Vital statistics of India. Vol. IV, Annual returns from 1871 to 1876. British Army of India, Native Army and jails of Bengal
Year: 1871
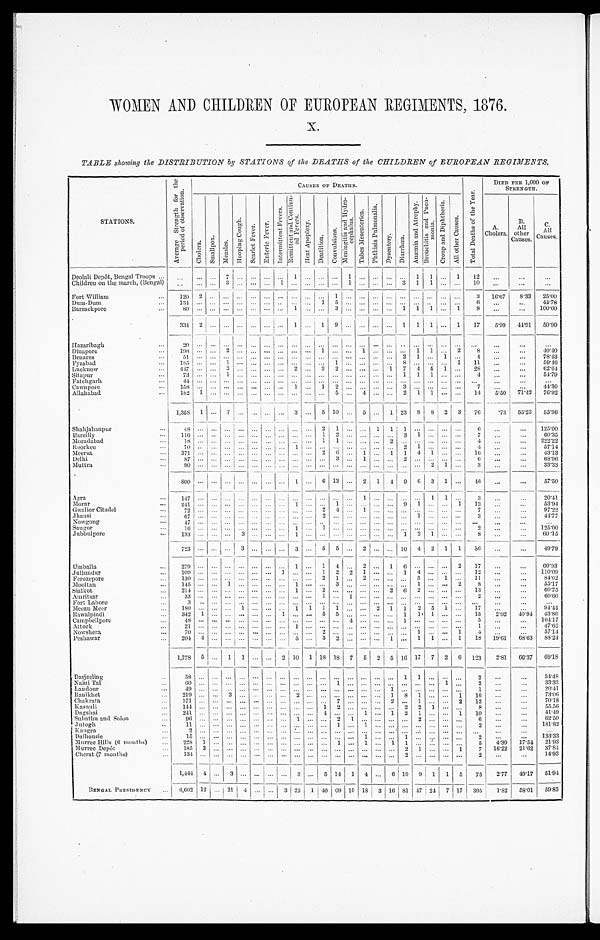
WOMEN AND CHILDREN OF EUROPEAN REGIMENTS, 1876.
x.
TABLE showing the DISTRIBUTION by STATIONS of the DEATHS of the CHILDREN of EUROPEAN REGIMENTS.
STATIONS.
A v e r a g e S t r e n g t h f o r t h e P e r i o d o f o b s e r v a t i o n .
C A U S E S O F D E A T H S .
DIED PER 1,000 OF
STRENGTH.
C h o l e r a . S m a l l p o x . M e a s l e s .
H o p p i n g C o u g h . S c a r l e t F e v e r . E n t e r i c F e v e r .
I n t e r m i t t e n t F e v e r s .
R e m i t t e n t a n d C o n t i n u -
e d F e v e r s .
H e a t A p o p l e x y .
D e n t i t i o n .
C o n v u l s i o n s .
M e n i n g i t i s a n d H y d r o -
c e p h a l u s .
T a b e s M e s e n t e r i c a .
P h t h i s i s P u l m o n a l i s .
D y s e n t e r y . D i a r r h œ a .
A n æ m i a a n d A t r o p h y . B r o n c h i t i s a n d P n e u -
m o n i a .
C r o u p a n d D i p h t h e r i a .
A l l o t h e r C a u s e s .
T o t a l D e a t h s o f t h e Y e a r .
A.
Cholera. B.
All
other
Causes.
C. A l l
C a u s e s .
Deolali Depôt, Bengal Troops
7
1
1
1 1
1 12
Children on the march, (Bengal)
3
1
1
3 1 1
10
Fort William
120 2
1
3 16.67 8.33 25.00
Dum-Dum
1 3 4
1 5
6
44.78
Barrackpore
80
1
3
1 1 1
1 8
100.00
3 3 4 2
1
1 9
1 1 1
1 17 5.99 44.91 50.90
Hazaribagh
2 0
Dinapore
1 9 8
2
1
1
1 1
2 8
40.40
Benares
51
2 1
1
4
78.43
Fyzabad
1 8 5
1
1
8
1 11
59.46
Lucknow
4 4 7
3
2
3 2
1 7 4 5 1
28
62.64
Sitapur
7 3
1
1 1 1
4
54.79
Fatehgarh
4 4
Cawnpore
158
1
1
2
3
7
44.30
Allahabad
1 8 2 1
5
4
2 1 1
14 5.50 71.42 76.92
1,358 1
7
3 5 10
5
1 23 8 8 2 3 76
. 7 3 55.23 55.96
Shahjahanpur 48
2 1
1 1 1
6
125.00
Bareilly
116
1 2
3 1
7
60.35
Moradabad
18
1 1
2
4
222.22
Roorkee
7 0
1
2 1
4
57.14
Meerut
3 7 1
2 6
1
1 1 4 1
16
43.13
Delhi
87
3
1
2
6
68.96
Muttra
9 0
2 1
3
33.33
800
1
6 13
2 1 4
9
6 3 1
46
57.50
Agra
147
1
1 1
3
2 0 . 4 1
Morar
2 4 1
1
1
9 1
1
1 3
53.94
Gwalior Citadel
72
2 4
1
7
97.22
Jhansi
6 7
2
1
3
44
.77
Nowgong
4 7
Saugor
1 6
1
1
2
125.00
Jubbulpore
133
3
1
1 2 1
8
60.15
7 2 3
3
3
5 5
2
10 4 2 1 1 36
49.79
Umballa
279
1
1 4
2
1 6
2 17
60.93
Jullundur
1 0 9
1
1 2 2 1
1 4
1 2
110.09
Ferozepor
1 3 0
2 1
2
5
1
1 1
84.62
Mooltan
1 4 5
1
1
3
1
2
8
55.17
Sialkot
2 1 4
1
2
2 6 2
1 3
60.75
Amritsar
33
1
1
2
60.60
Fort Lahore
3
Meean Meer
180
1
1 1 1 1
2 1 1 2 5 1
17
94.44
Rawalpindi
3 4 2
1
1
5 5
1 1 1
15 2.92 40.94 43.86
Campbellpore
4 8
4
1
5
104.17
Attock
2 1
1
1
4 7 . 6 2
Nowshera
7 0
2
1
1
4
57.14
Peshawar
204 4
5
3 2
1
1 1
1 18 19.61 68.63 88.24
1,778 5
1 1
2 1 0 1 18 18 7 5 2 5 16 1 7 7 2 6 123 2.81 66.37 69.18
Darjeeling
58
1 1
2
34.48
Naini Tal
6 0
1
1
2
33.33
Landour
49
1
1
20.41
Ranikhet
219
3
2
1 8 1
1
1 6
73.06
Chakrata
1 7 1
7
2
1
2
1 2
70.18
Kasauli
144
1 2
2 2 1
8
55.56
Dagshai
2 4 1
4
1
1 2 1
1
1 0
41.49
Subathu and Solon
9 6
1
2 1
2
6
62.50
Jutogh
1 1
1
1
2
181.82
Kanra
2
Dalhousie
15
1
1
2
133.33
Murree Hills (6 months)
228 1
1
1
1 1
5 4.39 17.54 21.93
Murree Depôt 185 3
2 1
1 7 16.22 21.62 37.84
Chest (7 months)
1 3 4
2
2
14.93
1,444 4
3
3
5 14 1 4
6 19 9 1 1 5 75 2 . 7 7
49.17 51.94
BENGAL PRESIDENCY 6,602 12
2 1 4
3 22 1 40 69 10 18 3 16 81 47 24 7 17 395 1.82 58.01 59.83